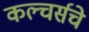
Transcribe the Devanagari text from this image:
कल्चर्सचे